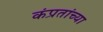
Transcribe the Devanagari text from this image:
कंप्रतांच्या